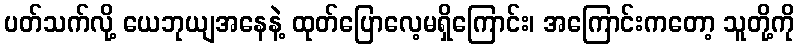
ပတ်သက်လို့ ယေဘုယျအနေနဲ့ ထုတ်ပြောလေ့မရှိကြောင်း၊ အကြောင်းကတော့ သူတို့ကို